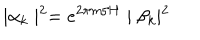
\mid \alpha _ { k } \mid ^ { 2 } = e ^ { 2 \pi m / H } \mid \beta _ { k } \mid ^ { 2 }